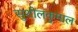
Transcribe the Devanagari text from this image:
सुशीलकुमाल